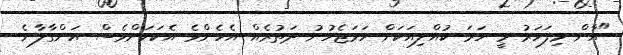
"އާން މިފަހަރު މީ ހަމަ ކުއްލިއަކަށް ހަމަޖެހުނު ދަތުރެއް އެހެންވެ އެކަކަށްވެސް އަންގާލާނެ